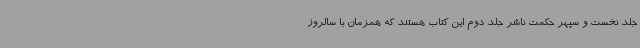
جلد نخست و سپهر حکمت ناشر جلد دوم این کتاب هستند که همزمان با سالروز